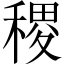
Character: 稷